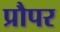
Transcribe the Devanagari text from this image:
प्रौपर